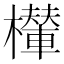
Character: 𣞶